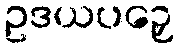
ဥဒယပဉှေ